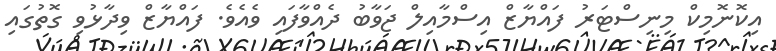
އިކޮނޮމިކް މިނިސްޓަރު ފައްޔާޒް އިސްމާއިލް ޖަވާބު ދެއްވާފައި ވެއެވެ. ފައްޔާޒް ވިދާޅުވި ގޮތުގައި